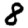
Digit: 8